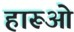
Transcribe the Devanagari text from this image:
हारूओ